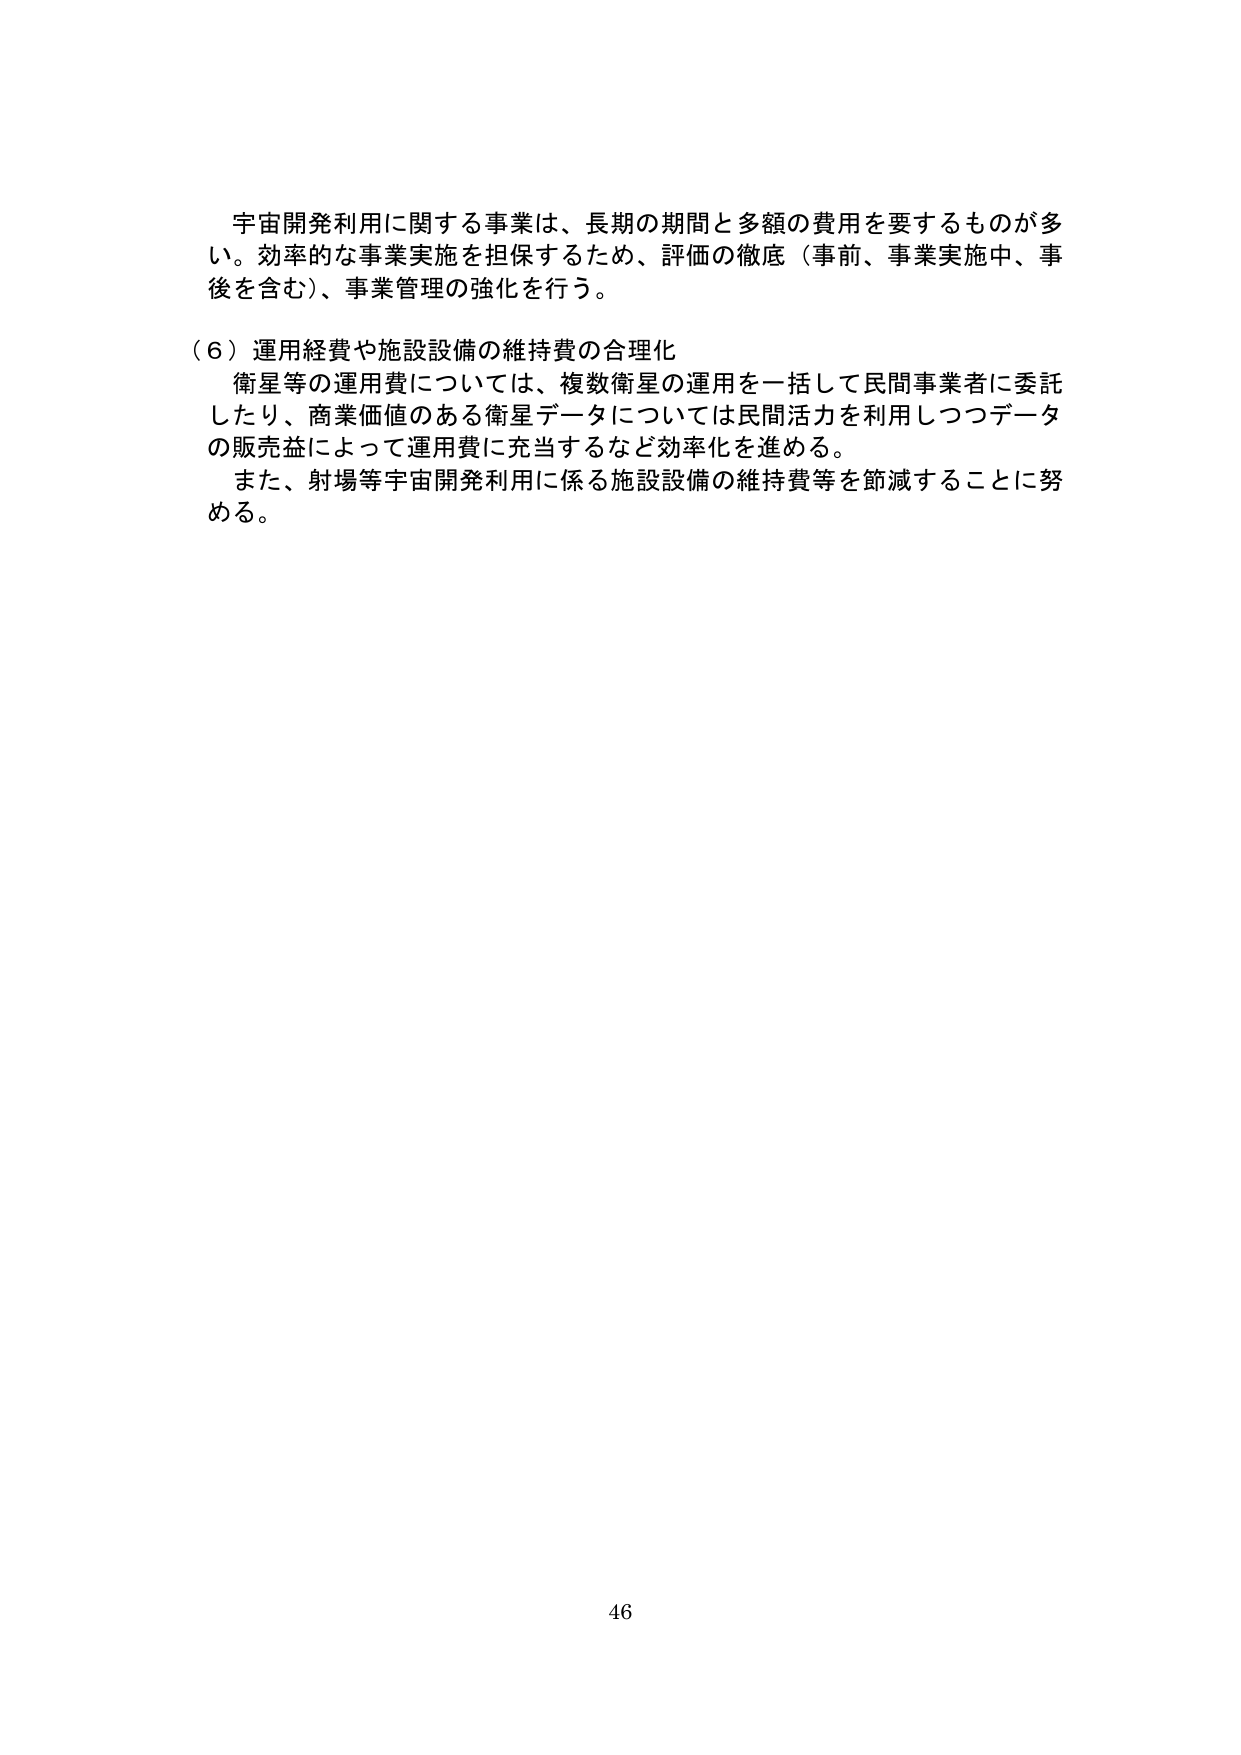
宇宙開発利用に関する事業は、長期の期間と多額の費用を要するものが多
い。効率的な事業実施を担保するため、評価の徹底（事前、事業実施中、事
後を含む）、事業管理の強化を行う。

（６）運用経費や施設設備の維持費の合理化
衛星等の運用費については、複数衛星の運用を一括して民間事業者に委託
したり、商業価値のある衛星データについては民間活力を利用しつつデータ
の販売益によって運用費に充当するなど効率化を進める。
また、射場等宇宙開発利用に係る施設設備の維持費等を節減することに努
める。

46